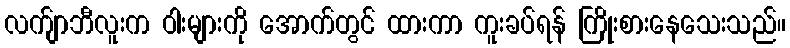
လက်ျာဘီလူးက ဝါးများကို အောက်တွင် ထားကာ ကူးခပ်ရန် ကြိုးစားနေသေးသည်။